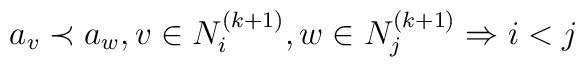
a_v \prec a_w, v \in N_i^{(k+1)}, w \in N_j^{(k+1)}		       \Rightarrow i < j